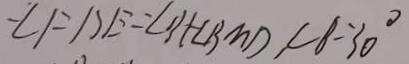
\angle F D E = \angle B + \angle B M D , \angle B = 3 0 ^ { \circ }